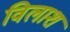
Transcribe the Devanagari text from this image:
विलाश